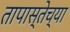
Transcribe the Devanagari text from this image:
तापास्तेच्या